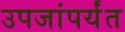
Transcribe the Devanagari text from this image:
उपजांपर्यंत